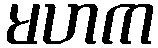
မဟက